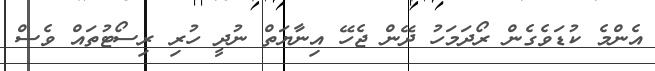
އެންމެ ކުޑަވެގެން ރޯދަމަހު ދޭން ޖެހޭ އިނާޔަތް ނުދީ ހުރި ރިސޯޓުތައް ވެސް